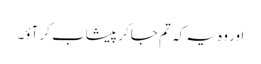
اور وہ یہ کہ تم جا کر پیشاب کر آؤ۔